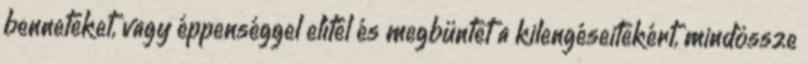
benneteket, vagy éppenséggel elítél és megbüntet a kilengéseitekért, mindössze